Indian journal of veterinary science and animal husbandry - Volumes 24-25, 1954-1955
Year: 1954
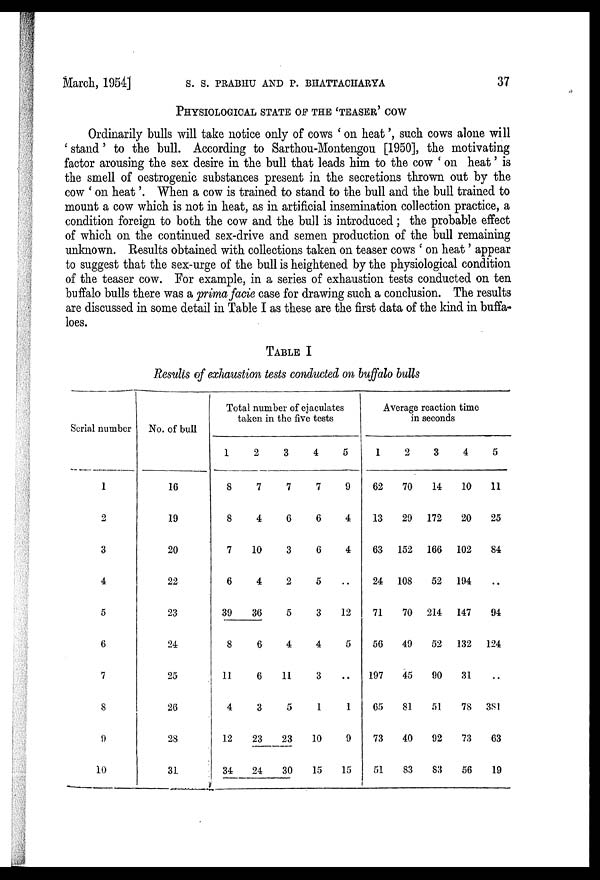
March, 1954] S. S. PRABHU AND P. BHATTACHARYA 37
PHYSIOLOGICAL STATE OF THE 'TEASER' COW
Ordinarily bulls will take notice only of cows 'on heat', such cows alone will
'stand' to the bull. According to Sarthou-Montengou [1950], the motivating
factor arousing the sex desire in the bull that leads him to the cow 'on heat' is
the smell of oestrogenic substances present in the secretions thrown out by the
cow ' on heat'. When a cow is trained to stand to the bull and the bull trained to
mount a cow which is not in heat, as in artificial insemination collection practice, a
condition foreign to both the cow and the bull is introduced; the probable effect
of which on the continued sex-drive and semen production of the bull remaining
unknown. Results obtained with collections taken on teaser cows 'on heat' appear
to suggest that the sex-urge of the bull is heightened by the physiological condition
of the teaser cow. For example, in a series of exhaustion tests conducted on ten
buffalo bulls there was a prima facie case for drawing such a conclusion. The results
are discussed in some detail in Table I as these are the first data of the kind in buffa-
loes.
TABLE I
Results of exhaustion tests conducted on buffalo bulls
Serial number
1
2
3
4
5
6
7
8
9
10
No. of bull
16
19
20
22
23
24
25
26
28
31
Total number of ejaculates
taken in the five tests
1
8
8
7
6
39
8
11
4
12
34
2
7
4
10
4
36
6
6
3
23
24
3
7
6
3
2
5
4
11
5
23
30
4
7
6
6
5
3
4
3
1
10
15
5
9
4
4
..
12
5
..
1
9
15
Average reaction time
in seconds
1
62
13
63
24
71
56
197
65
73
51
2
70
29
152
108
70
49
45
81
40
83
3
14
172
166
52
214
52
90
51
92
83
4
10
20
102
194
147
132
31
78
73
56
5
11
25
84
..
94
124
..
381
63
19